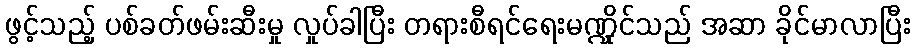
ဖွင့်သည့် ပစ်ခတ်ဖမ်းဆီးမှု လှုပ်ခါပြီး တရားစီရင်ရေးမဏ္ဍိုင်သည် အဆာ ခိုင်မာလာပြီး